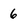
Character: 6